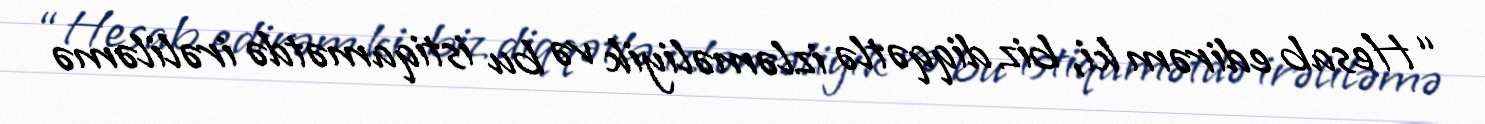
“Hesab edirəm ki, biz diqqətlə izləməliyik və bu istiqamətdə irəliləmə